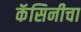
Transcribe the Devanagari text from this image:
कॅसिनीचा